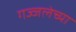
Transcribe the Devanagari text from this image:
गज्जलेच्या